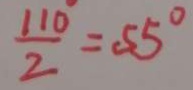
\frac { 1 1 0 } { 2 } = 5 5 ^ { \circ }